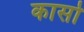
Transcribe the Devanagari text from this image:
कार्सो